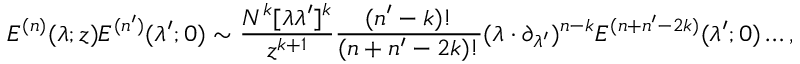
E ^ { ( n ) } ( \lambda ; z ) E ^ { ( n ^ { \prime } ) } ( \lambda ^ { \prime } ; 0 ) \sim \frac { N ^ { k } [ \lambda \lambda ^ { \prime } ] ^ { k } } { z ^ { k + 1 } } \frac { ( n ^ { \prime } - k ) ! } { ( n + n ^ { \prime } - 2 k ) ! } ( \lambda \cdot \partial _ { \lambda ^ { \prime } } ) ^ { n - k } E ^ { ( n + n ^ { \prime } - 2 k ) } ( \lambda ^ { \prime } ; 0 ) \dots ,